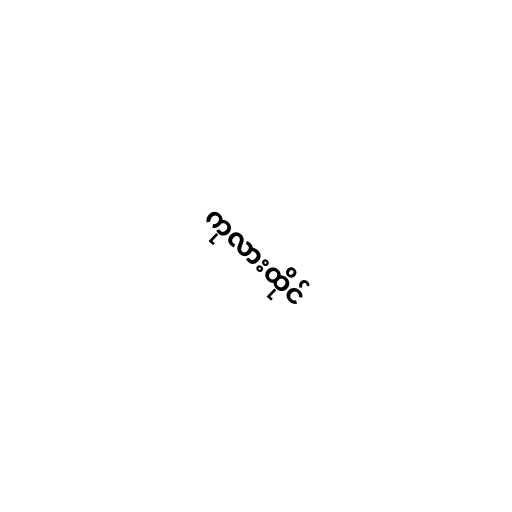
ကုလားထိုင်